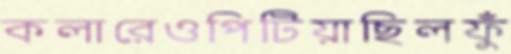
কলারেওপিটিয়াছিলফুঁ